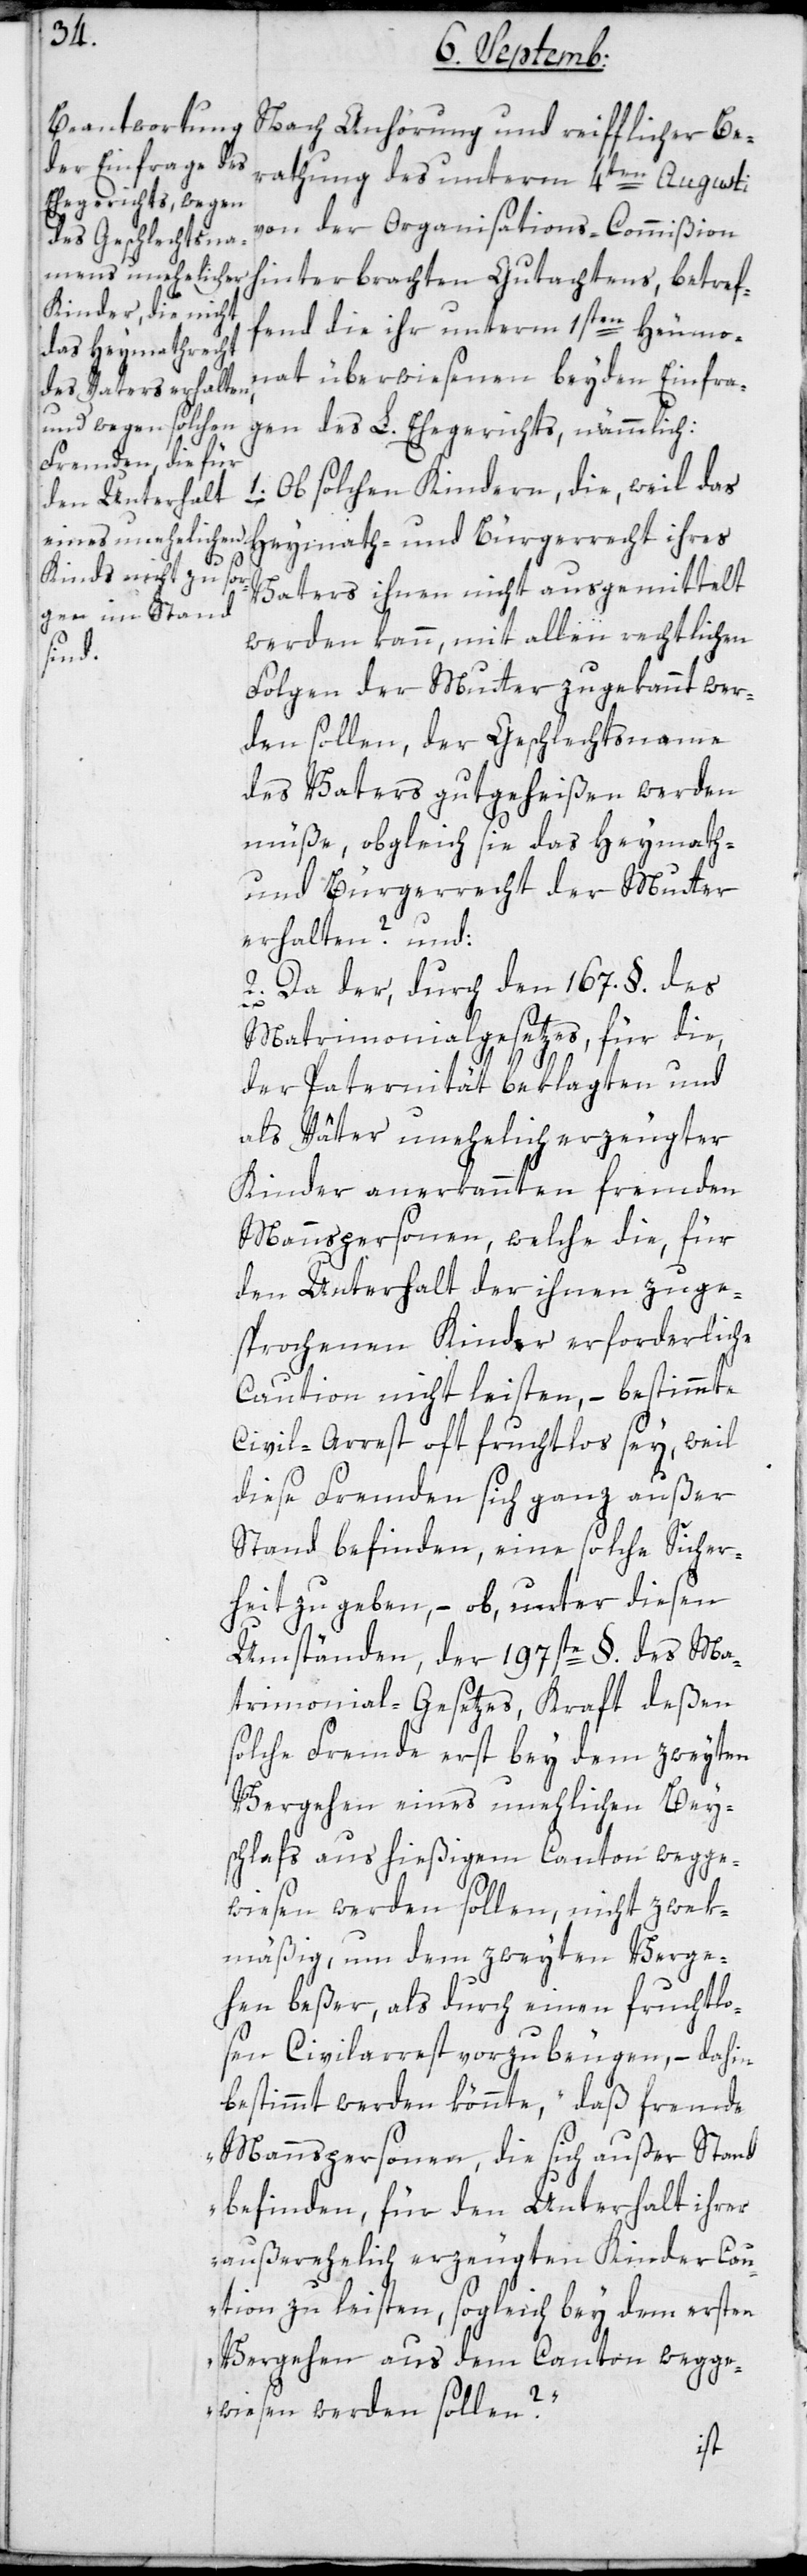
Nach Anhörung und reiflicher Be¬
rathung des unterm 4ten Augusti
von der Organisations-Commißion
hinterbrachten Gutachtens, betref¬
fend die ihr unterm 1sten Heumo¬
nat überwiesenen beyden Einfra¬
gen des L. Ehegerichts, nämmlich:
1. Ob solchen Kindern, die, weil das
Heymath- und Bürgerrecht ihres
Vaters ihnen nicht ausgemittelt
werden kann, mit allen rechtlichen
Folgen der Mutter zugekannt wer¬
den sollen, der Geschlechtsname
des Vaters gutgeheißen werden
müße, obgleich sie das Heymath-
und Bürgerrecht der Mutter
erhalten? und:
2. Da der, durch den 167. §. des
Matrimonialgesetzes, für die,
der Paternität beklagten und
als Väter unehelich erzeugter
Kinder anerkannten fremden
Mannspersonen, welche die für
den Unterhalt der ihnen zuge¬
sprochenen Kinder erforderliche
Caution nicht leisten, – bestimmte
Civil-Arrest oft fruchtlos sey, weil
diese Fremden sich ganz außer
Stand befinden, eine solche Sicher¬
heit zu geben, – ob unter diesen
Umständen, der 197ste §. des Ma¬
trimonial-Gesetzes, kraft deßen
solche Fremde erst bey dem zweyten
Vergehen eines unehelichen Bei¬
schlafs aus hießigem Canton wegge¬
wiesen werden sollen, nicht zwek¬
mäßig, um dem zweyten Verge¬
hen beßer, als durch einen fruchtlo¬
sen Civilarrest vorzubeugen, – dahin
bestimmt werden könnte, „daß fremde
Mannspersonen, die sich außer Stand
befinden, für den Unterhalt ihrer
außerehelich erzeugten Kinder Cau¬
tion zu leisten, sogleich bey dem ersten
Vergehen aus dem Canton wegge¬
wiesen werden sollen?“